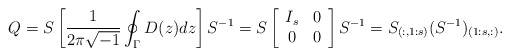
\begin{align*} Q = S\left[\frac{1}{2\pi\sqrt{-1}} \oint_\Gamma D(z)dz \right]S^{-1}= S\left[ \begin{array}{cc} I_s & 0\\0 & 0 \end{array} \right] S^{-1} = S_{(:, 1:s)}(S^{-1})_{(1:s, :)}.\end{align*}